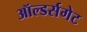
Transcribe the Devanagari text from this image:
ऑल्डर्सगेट